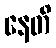
နေတိ